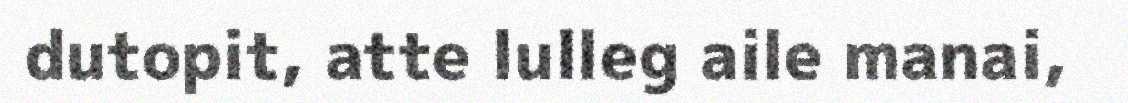
dutopit, atte lulleg aile manai,